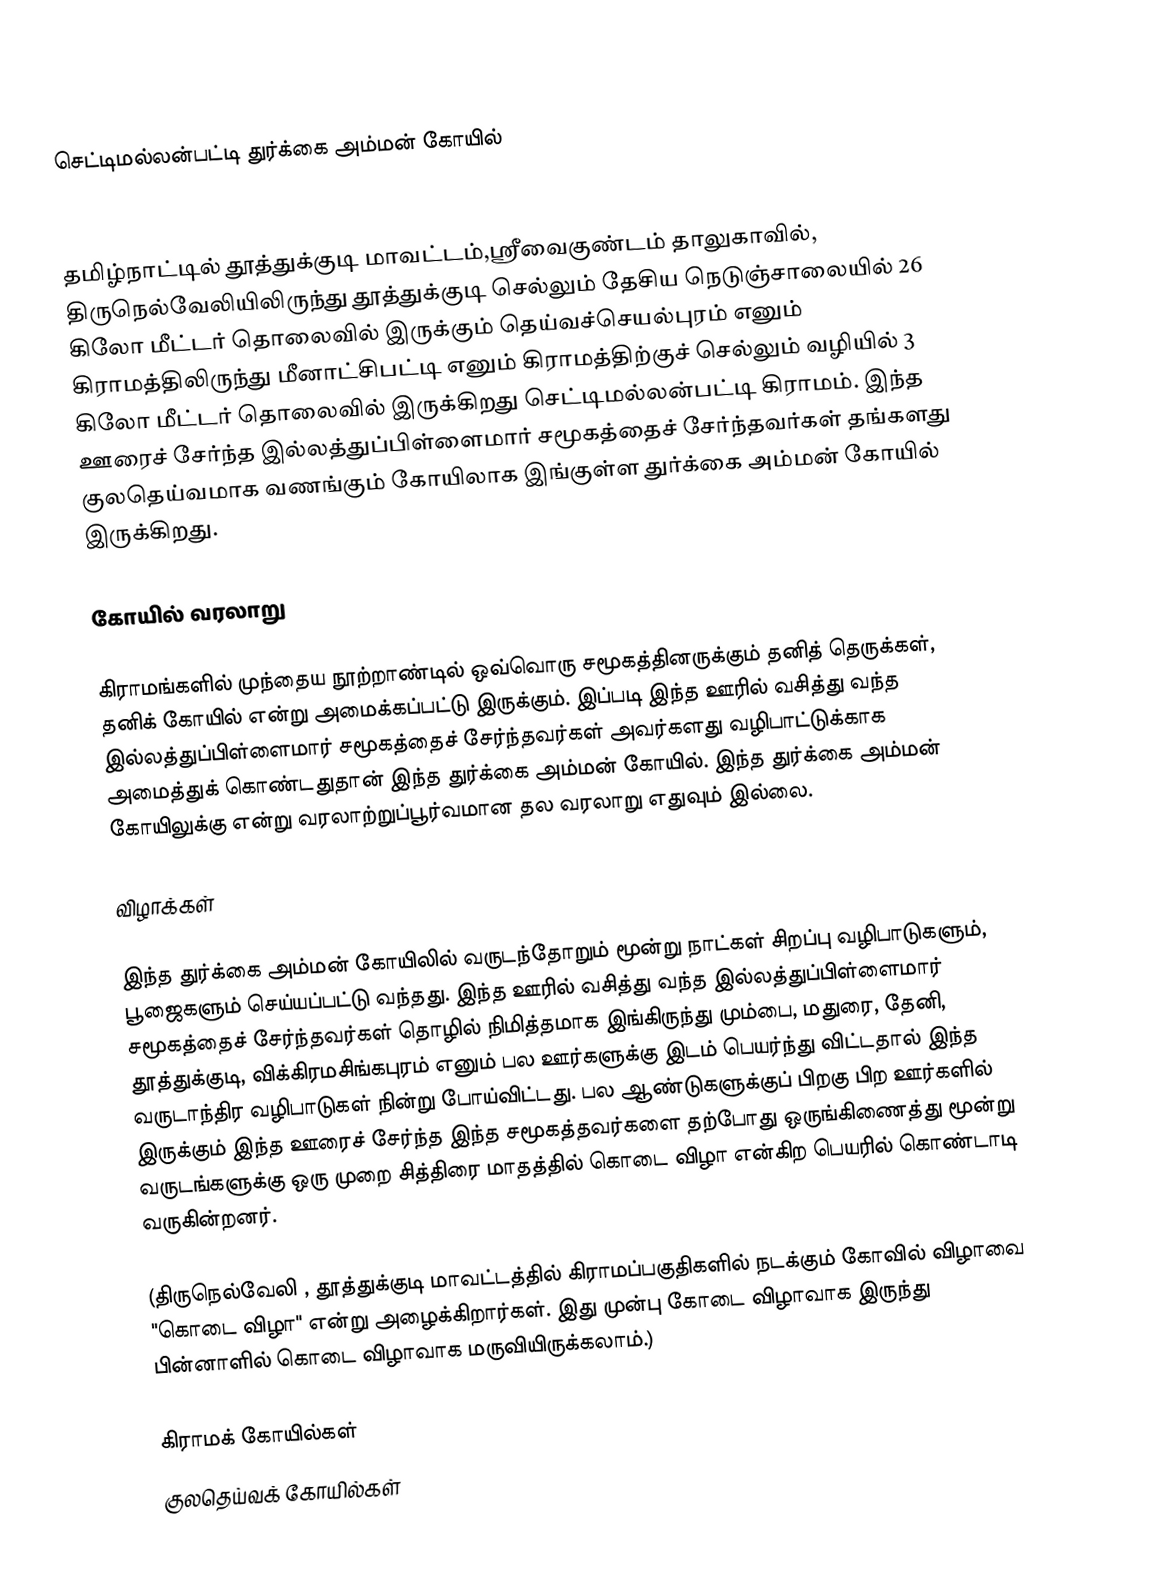
செட்டிமல்லன்பட்டி துர்க்கை அம்மன் கோயில்

தமிழ்நாட்டில் தூத்துக்குடி மாவட்டம்,ஸ்ரீவைகுண்டம் தாலுகாவில், திருநெல்வேலியிலிருந்து தூத்துக்குடி செல்லும் தேசிய நெடுஞ்சாலையில் 26 கிலோ மீட்டர் தொலைவில் இருக்கும் தெய்வச்செயல்புரம் எனும் கிராமத்திலிருந்து மீனாட்சிபட்டி எனும் கிராமத்திற்குச் செல்லும் வழியில் 3 கிலோ மீட்டர் தொலைவில் இருக்கிறது செட்டிமல்லன்பட்டி கிராமம். இந்த ஊரைச் சேர்ந்த இல்லத்துப்பிள்ளைமார் சமூகத்தைச் சேர்ந்தவர்கள் தங்களது குலதெய்வமாக வணங்கும் கோயிலாக இங்குள்ள துர்க்கை அம்மன் கோயில் இருக்கிறது.

கோயில் வரலாறு

கிராமங்களில் முந்தைய நூற்றாண்டில் ஒவ்வொரு சமூகத்தினருக்கும் தனித் தெருக்கள், தனிக் கோயில் என்று அமைக்கப்பட்டு இருக்கும். இப்படி இந்த ஊரில் வசித்து வந்த இல்லத்துப்பிள்ளைமார் சமூகத்தைச் சேர்ந்தவர்கள் அவர்களது வழிபாட்டுக்காக அமைத்துக் கொண்டதுதான் இந்த துர்க்கை அம்மன் கோயில். இந்த துர்க்கை அம்மன் கோயிலுக்கு என்று வரலாற்றுப்பூர்வமான தல வரலாறு எதுவும் இல்லை.

விழாக்கள்

இந்த துர்க்கை அம்மன் கோயிலில் வருடந்தோறும் மூன்று நாட்கள் சிறப்பு வழிபாடுகளும், பூஜைகளும் செய்யப்பட்டு வந்தது. இந்த ஊரில் வசித்து வந்த இல்லத்துப்பிள்ளைமார் சமூகத்தைச் சேர்ந்தவர்கள் தொழில் நிமித்தமாக இங்கிருந்து மும்பை, மதுரை, தேனி, தூத்துக்குடி, விக்கிரமசிங்கபுரம் எனும் பல ஊர்களுக்கு இடம் பெயர்ந்து விட்டதால் இந்த வருடாந்திர வழிபாடுகள் நின்று போய்விட்டது. பல ஆண்டுகளுக்குப் பிறகு பிற ஊர்களில் இருக்கும் இந்த ஊரைச் சேர்ந்த இந்த சமூகத்தவர்களை  தற்போது ஒருங்கிணைத்து மூன்று வருடங்களுக்கு ஒரு முறை சித்திரை மாதத்தில் கொடை விழா என்கிற பெயரில் கொண்டாடி வருகின்றனர்.

(திருநெல்வேலி , தூத்துக்குடி மாவட்டத்தில் கிராமப்பகுதிகளில் நடக்கும் கோவில் விழாவை "கொடை விழா" என்று அழைக்கிறார்கள். இது முன்பு கோடை விழாவாக இருந்து பின்னாளில் கொடை விழாவாக மருவியிருக்கலாம்.)

கிராமக் கோயில்கள்
குலதெய்வக் கோயில்கள்